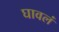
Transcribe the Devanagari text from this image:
घावलं